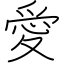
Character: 愛